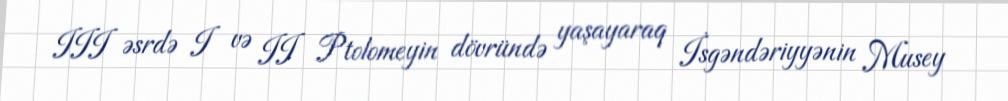
III əsrdə I və II Ptolomeyin dövründə yaşayaraq İsgəndəriyyənin Musey